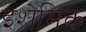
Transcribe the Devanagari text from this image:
इशेमिक